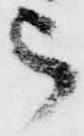
被